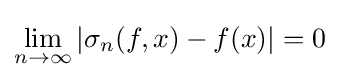
\lim _{n\to \infty }|\sigma _{n}(f,x)-f(x)|=0